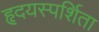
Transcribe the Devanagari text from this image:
हृदयस्पर्शिता